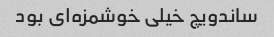
ساندویچ خیلی خوشمزه‌ای بود